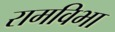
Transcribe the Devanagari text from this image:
रामविभा